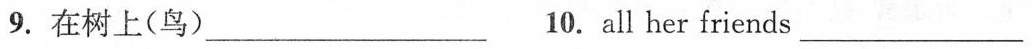
9.在树上(鸟)___ 10.All her friend}___